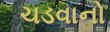
ચડવાનો